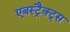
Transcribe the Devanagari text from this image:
एबस्ट्रैक्ट्स